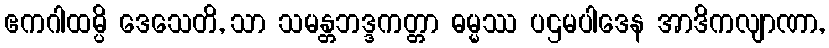
ဧကဂါထမ္ပိ ဒေသေတိ, သာ သမန္တဘဒ္ဒကတ္တာ ဓမ္မဿ ပဌမပါဒေန အာဒိကလျာဏာ,